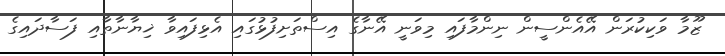
ޒޫމާ ވަކިކުރަން އޭއެންސީން ނިންމާފައި މިވަނީ އޭނާގެ އިސްތަށިފުޅުގައި އެޅިފައިވާ ޚިޔާނާތާއި ފަސާދައިގެ